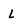
Character: L